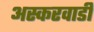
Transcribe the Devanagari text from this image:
अस्करवाडी